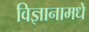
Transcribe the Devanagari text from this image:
विज्ञानामधे